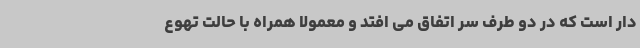
دار است که در دو طرف سر اتفاق می افتد و معمولا همراه با حالت تهوع